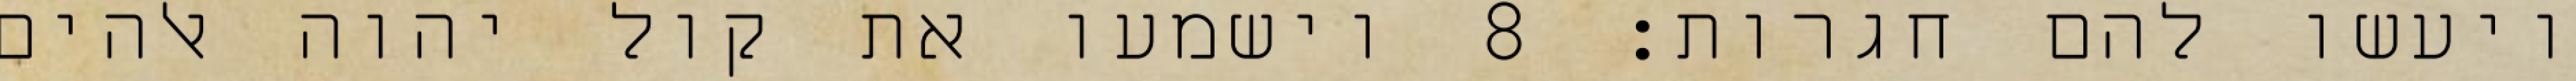
ויעשו להם חגרות׃ ‎8‏ וישמעו את קול יהוה אלהים